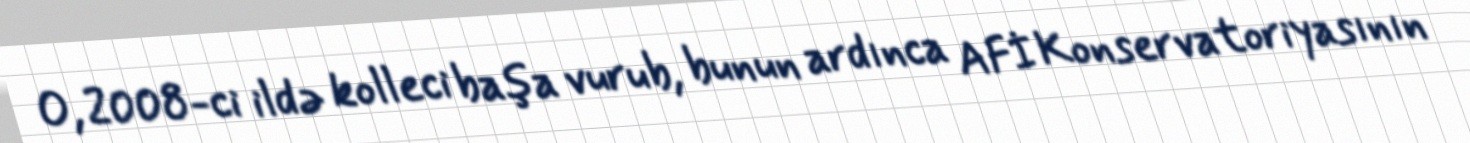
O, 2008-ci ildə kolleci başa vurub, bunun ardınca AFİ Konservatoriyasının